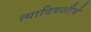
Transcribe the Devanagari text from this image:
त्यादिवशीचे